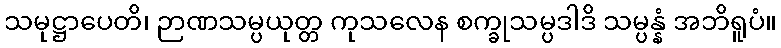
သမုဋ္ဌာပေတိ၊ ဉာဏသမ္ပယုတ္တ ကုသလေန စက္ခုသမ္ပဒါဒိ သမ္ပန္နံ အဘိရူပံ။